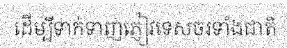
ដើម្បីទាក់ទាញភ្ញៀវទេសចរទាំងជាតិ